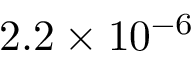
2 . 2 \times 1 0 ^ { - 6 }